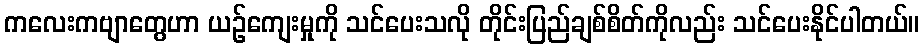
ကလေးကဗျာတွေဟာ ယဉ်ကျေးမှုကို သင်ပေးသလို တိုင်းပြည်ချစ်စိတ်ကိုလည်း သင်ပေးနိုင်ပါတယ်။